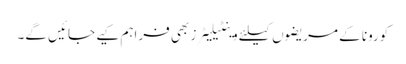
کورونا کے مریضوں کیلئے وینٹیلیٹرز بھی فراہم کیے جائیں گے۔